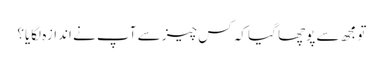
تو مجھ سے پوچھا گیا کہ کس چیز سے آپ نے اندازہ لگایا؟